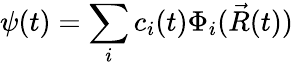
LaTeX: \psi(t)=\sum_{i}c_{i}(t)\Phi_{i}(\vec{R}(t))